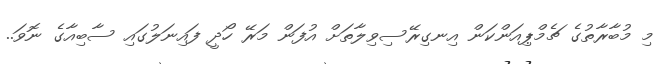
މި މުބާރާތުގެ ޗެމްޕިއަންކަން އިނގިރޭސިވިލާތަށް އުފަން މަރޭ ހޯދީ ފައިނަލުގައި ސާބިއާގެ ނޮވަ..